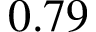
0 . 7 9